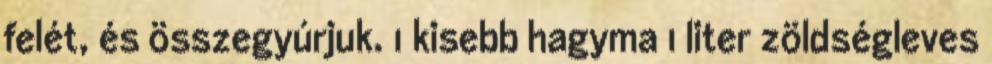
felét, és összegyúrjuk. 1 kisebb hagyma 1 liter zöldségleves